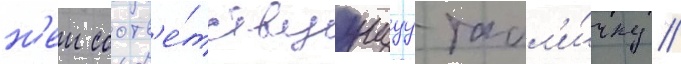
н'еи соотв'е́тствуущуу табл'и́чку //